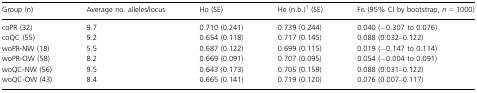
| Group (n) | Average no. alleles/locus | Ho (SE) | He (n.b.)1 (SE) | Fis (95% CI by bootstrap, n = 1000) |
 | --- | --- | --- | --- | --- |
 | coPR (32) | 9.7 | 0.710 (0.241) | 0.739 (0.244) | 0.040 (−0.307 to 0.076) |
 | coQC (55) | 9.2 | 0.654 (0.118) | 0.717 (0.145) | 0.088 (0.032–0.122) |
 | woPR-NW (18) | 5.5 | 0.687 (0.122) | 0.699 (0.115) | 0.019 (−0.147 to 0.114) |
 | woPR-OW (58) | 8.2 | 0.669 (0.091) | 0.707 (0.095) | 0.054 (−0.004 to 0.091) |
 | woQC-NW (56) | 9.5 | 0.643 (0.173) | 0.705 (0.159) | 0.088 (0.031–0.122) |
 | woQC-OW (43) | 8.4 | 0.665 (0.141) | 0.719 (0.120) | 0.076 (0.007–0.117) |